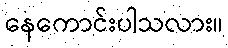
နေကောင်းပါသလား။